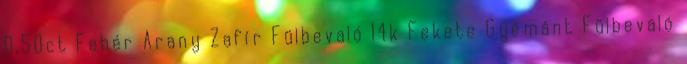
0,50ct Fehér Arany Zafír Fülbevaló 14k Fekete Gyémánt Fülbevaló